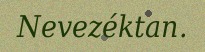
Nevezéktan.